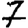
Digit: 7